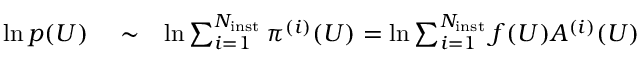
\begin{array} { r l r } { \ln p ( U ) } & { { } \sim } & { \ln \sum _ { i = 1 } ^ { N _ { \mathrm { i n s t } } } \pi ^ { ( i ) } ( U ) = \ln \sum _ { i = 1 } ^ { N _ { \mathrm { i n s t } } } f ( U ) A ^ { ( i ) } ( U ) } \end{array}